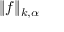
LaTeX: \| f \| _ { k , \alpha }